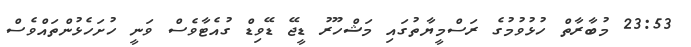
23:53 މުބާރާތް ހުޅުވުމުގެ ރަސްމީޔާތުގައި މަޝްހޫރު ޑީޖޭ ޑޭވިޑް ގުއެޓާވެސް ވަނީ ހުށަހެޅުންތައްވެސް